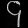
Digit: ၄